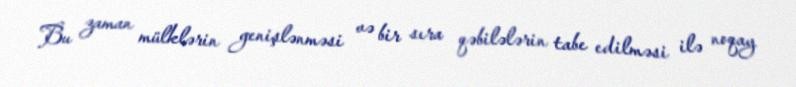
Bu zaman mülklərin genişlənməsi və bir sıra qəbilələrin tabe edilməsi ilə noqay